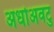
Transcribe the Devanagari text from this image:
अधोअवटु